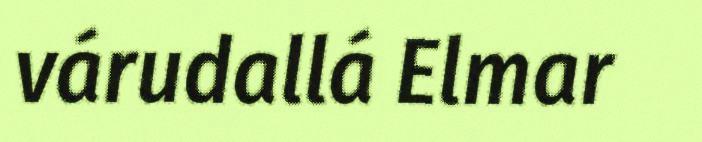
várudallá Elmar